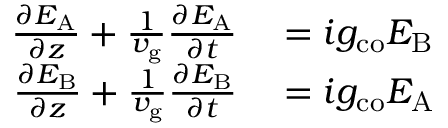
\begin{array} { r l } { \frac { \partial E _ { \mathrm { A } } } { \partial z } + \frac { 1 } { v _ { \mathrm { g } } } \frac { \partial E _ { \mathrm { A } } } { \partial t } } & { { } = i g _ { \mathrm { c o } } E _ { \mathrm { B } } } \\ { \frac { \partial E _ { \mathrm { B } } } { \partial z } + \frac { 1 } { v _ { \mathrm { g } } } \frac { \partial E _ { \mathrm { B } } } { \partial t } } & { { } = i g _ { \mathrm { c o } } E _ { \mathrm { A } } } \end{array}